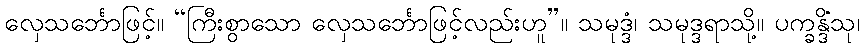
လှေသင်္ဘောဖြင့်။ “ကြီးစွာသော လှေသင်္ဘောဖြင့်လည်းဟူ”။ သမုဒ္ဒံ၊ သမုဒ္ဒရာသို့။ ပက္ခန္ဒိံသု၊